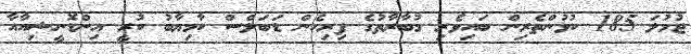
ޖުމުލަ 185 ކުޅުންތެރިން ބައިވެރި މުބާރާތުގެ ފިރިހެން ޑަބަލްސް ކާމިޔާބު ކުރީ އިންޑޮނީޝިއާއާ